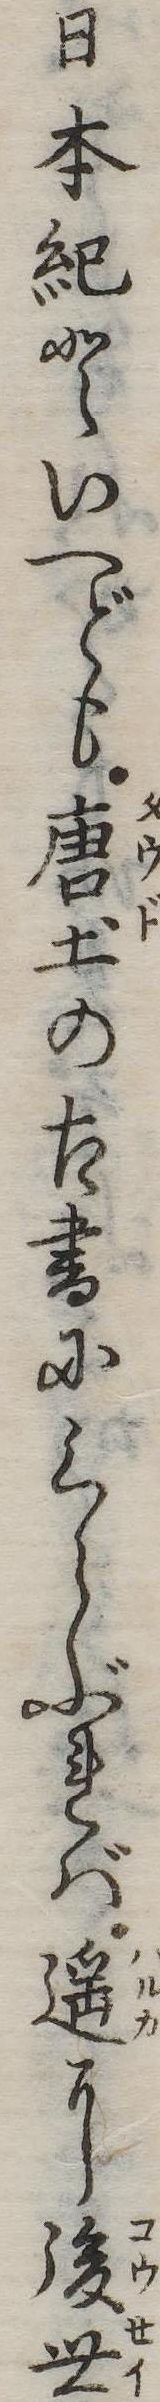
日本紀といへども唐土の古書にくらぶれば遥に後世